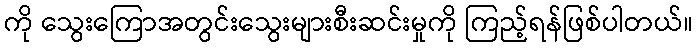
ကို သွေးကြောအတွင်းသွေးများစီးဆင်းမှုကို ကြည့်ရန်ဖြစ်ပါတယ်။